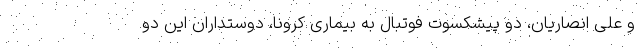
و علی انصاریان، دو پیشکسوت فوتبال به بیماری کرونا، دوستداران این دو